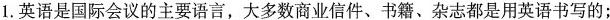
1.英语是国际会议的主要语言，大多数商业信件、书籍、杂志都是用英语书写的；